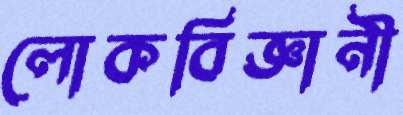
লোকবিজ্ঞানী